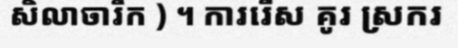
សិលាចារឹក ) ។ ការរើស គូរ ស្រករ